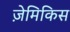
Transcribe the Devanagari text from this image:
ज़ेमिकिस